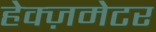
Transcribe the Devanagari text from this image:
हेक्ज़मेटर